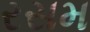
રસમ